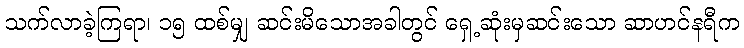
သက်လာခဲ့ကြရာ၊ ၁၅ ထစ်မျှ ဆင်းမိသောအခါတွင် ရှေ့ဆုံးမှဆင်းသော ဆာဟင်နရီက